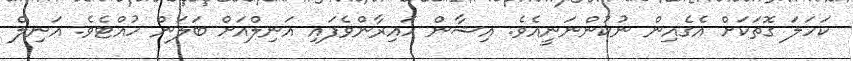
ކަހަލަ ގޮތަކަށް އެގެއިން ނުކުންނަނީއެވެ. އިޝާން ހައިރާންވެފައި އަނިލްއަށް ބަލަން ހުއްޓެވެ. އަނިލް